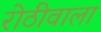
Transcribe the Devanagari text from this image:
रोठीवाला